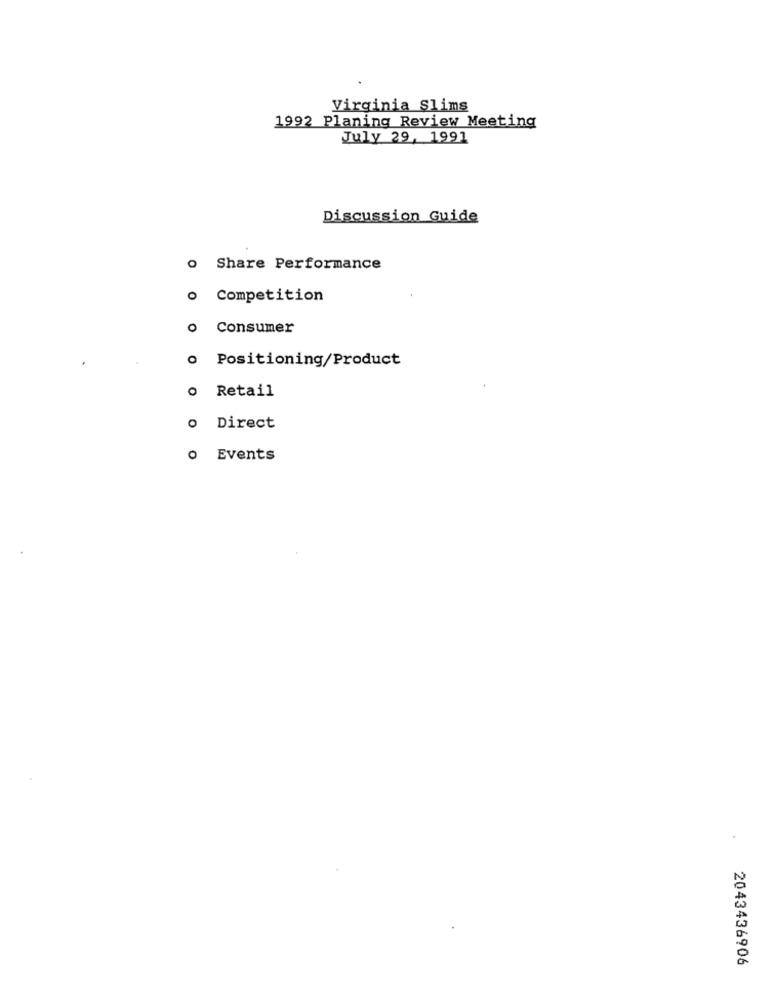
Virginia Slims
1992 Planing Review Meeting
July 29, 1991
Discussion Guide
o Share Performance
o Competition
o Consumer
o Positioning/Product
o Retail
o Direct
o Events
2043436906